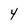
Character: 4